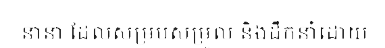
នានា ដែលសម្របសម្រួល និងដឹកនាំដោយ